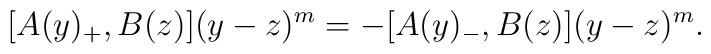
[A(y)_+,B(z)] (y-z)^m = -[A(y)_-,B(z)](y-z)^m.